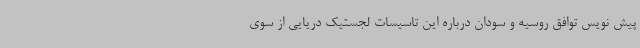
پیش نویس توافق روسیه و سودان درباره این تاسیسات لجستیک دریایی از سوی